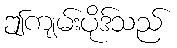
ဤကျမ်းပိုဒ်သည်